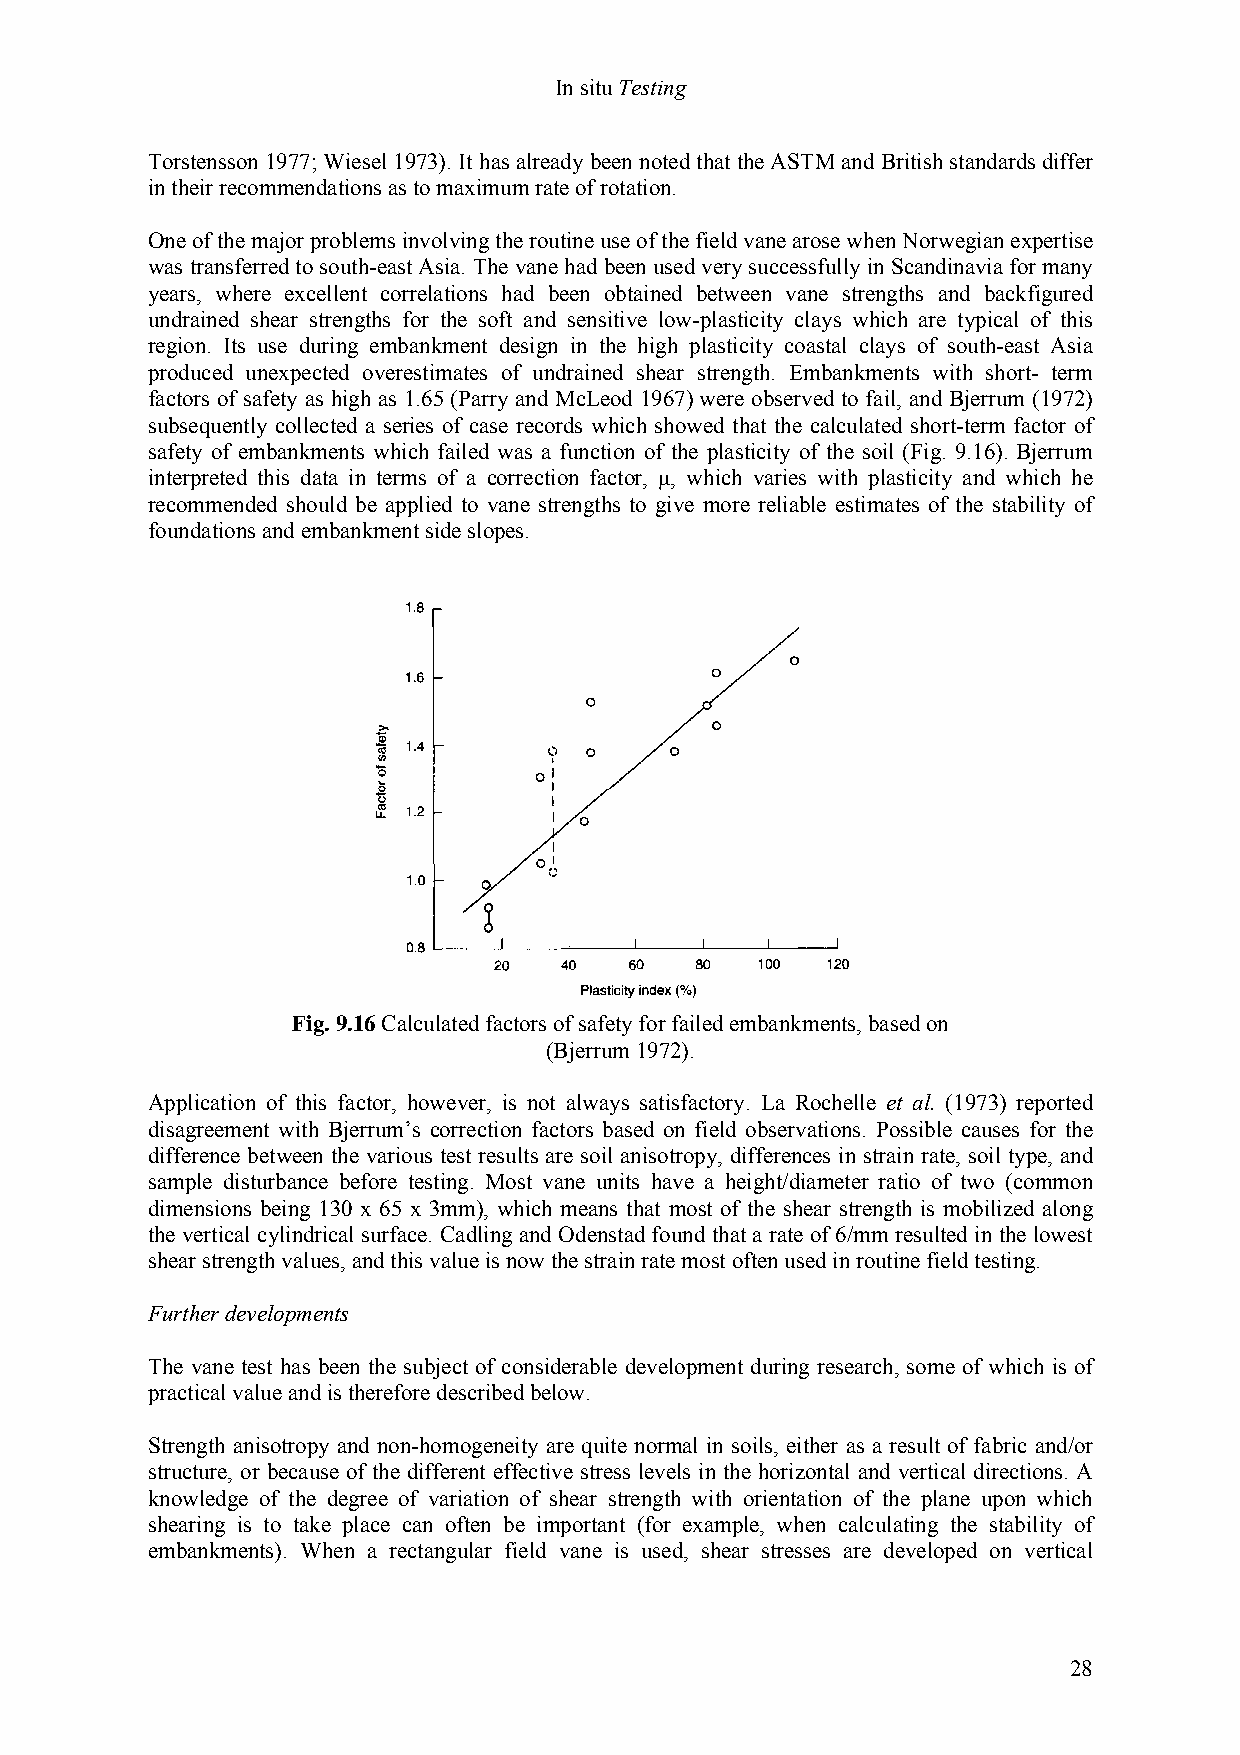
In situ Testing
 Torstensson 1977; Wiesel 1973). It has already been noted that the ASTM and British standards differ
 in their recommendations as to maximum rate of rotation.
 One of the major problems involving the routine use of the field vane arose when Norwegian expertise
 was transferred to south-east Asia. The vane had been used very successfully in Scandinavia for many
 years, where excellent correlations had been obtained between vane strengths and backfigured
 undrained shear strengths for the soft and sensitive low-plasticity clays which are typical of this
 region. Its use during embankment design in the high plasticity coastal clays of south-east Asia
 produced unexpected overestimates of undrained shear strength. Embankments with short- term
 factors of safety as high as 1.65 (Parry and McLeod 1967) were observed to fail, and Bjerrum (1972)
 subsequently collected a series of case records which showed that the calculated short-term factor of
 safety of embankments which failed was a function of the plasticity of the soil (Fig. 9.16). Bjerrum
 interpreted this data in terms of a correction factor, µ, which varies with plasticity and which he
 recommended should be applied to vane strengths to give more reliable estimates of the stability of
 foundations and embankment side slopes.
 Fig. 9.16 Calculated factors of safety for failed embankments, based on
 (Bjerrum 1972).
 Application of this factor, however, is not always satisfactory. La Rochelle et al. (1973) reported
 disagreement with Bjerrum’s correction factors based on field observations. Possible causes for the
 difference between the various test results are soil anisotropy, differences in strain rate, soil type, and
 sample disturbance before testing. Most vane units have a height/diameter ratio of two (common
 dimensions being 130 x 65 x 3mm), which means that most of the shear strength is mobilized along
 the vertical cylindrical surface. Cadling and Odenstad found that a rate of 6/mm resulted in the lowest
 shear strength values, and this value is now the strain rate most often used in routine field testing.
 Further developments
 The vane test has been the subject of considerable development during research, some of which is of
 practical value and is therefore described below.
 Strength anisotropy and non-homogeneity are quite normal in soils, either as a result of fabric and/or
 structure, or because of the different effective stress levels in the horizontal and vertical directions. A
 knowledge of the degree of variation of shear strength with orientation of the plane upon which
 shearing is to take place can often be important (for example, when calculating the stability of
 embankments). When a rectangular field vane is used, shear stresses are developed on vertical
 28